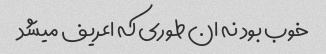
خوب بود نه ان طوری که اعریف میشد